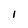
Character: l